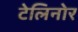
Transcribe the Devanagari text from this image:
टेलिनोर